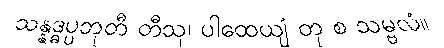
သန္နဒ္ဓပ္ပဘုတီ တီသု၊ ပါထေယျံ တု စ သမ္ဗလံ။